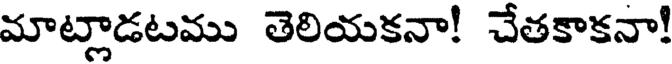
మాట్లాడటము తెలియకనా! చేతకాకనా!